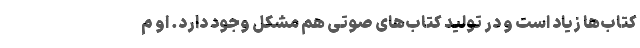
کتاب‌ها زیاد است و در تولید کتاب‌های صوتی هم مشکل وجود دارد. او م